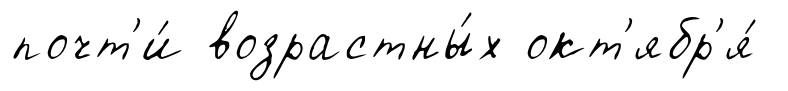
почт'и́ возрастны́х окт'ябр'я́